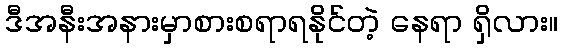
ဒီအနီးအနားမှာစားစရာရနိုင်တဲ့ နေရာ ရှိလား။